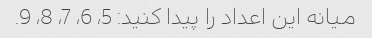
میانه این اعداد را پیدا کنید: 5، 6، 7، 8، 9.